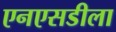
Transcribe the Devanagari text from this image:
एनएसडीला